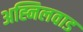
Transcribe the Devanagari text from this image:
अह्निलवाड